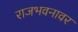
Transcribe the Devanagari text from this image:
राजभवनावर